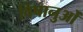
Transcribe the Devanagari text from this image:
विषानुओं